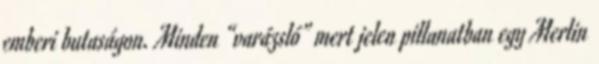
emberi butaságon. Minden “varázsló” mert jelen pillanatban egy Merlin